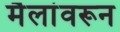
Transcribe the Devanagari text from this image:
मैलांवरून